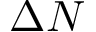
\Delta N